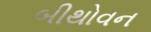
બીથોવન